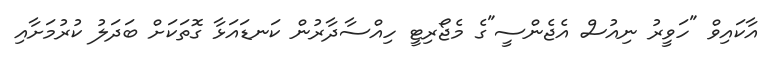
އާކައިވް "ހަވީރު ނިއުސް އެޖެންސީ"ގެ މެޖޯރިޓީ ހިއްސާދާރުން ކަނޑައަޅާ ގޮތަކަށް ބަދަލު ކުރުމަށާއި